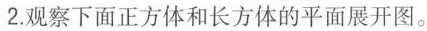
2.观察下面正方体和长方体的平面展开图。